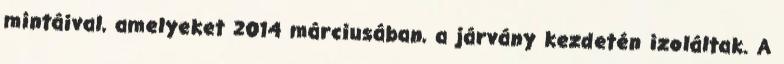
mintáival, amelyeket 2014 márciusában, a járvány kezdetén izoláltak. A